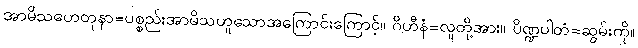
အာမိသဟေတုနာ=ပစ္စည်းအာမိသဟူသောအကြောင်းကြောင့်။ ဂိဟီနံ=လူတို့အား။ ပိဏ္ဍပါတံ=ဆွမ်းကို။